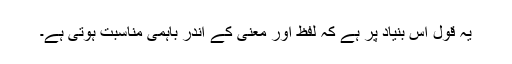
یہ قول اس بنیاد پر ہے کہ لفظ اور معنیٰ کے اندر باہمی مناسبت ہوتی ہے۔